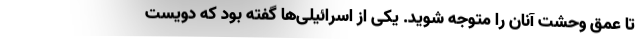
تا عمق وحشت آنان را متوجه شوید. یکی از اسرائیلی‌ها گفته بود که دویست